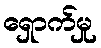
ရှောက်မှု